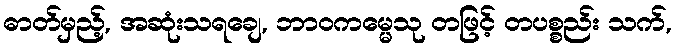
ဓာတ်မှည့်, အဆုံးသရချေ, ဘာဝကမ္မေသု တဖြင့် တပစ္စည်း သက်,